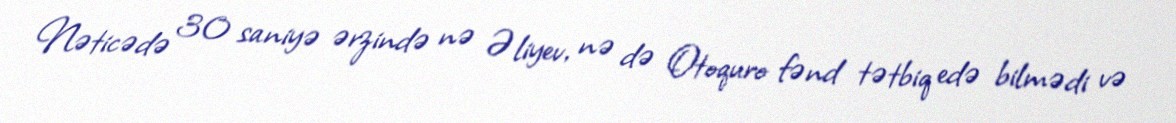
Nəticədə 30 saniyə ərzində nə Əliyev, nə də Otoquro fənd tətbiq edə bilmədi və